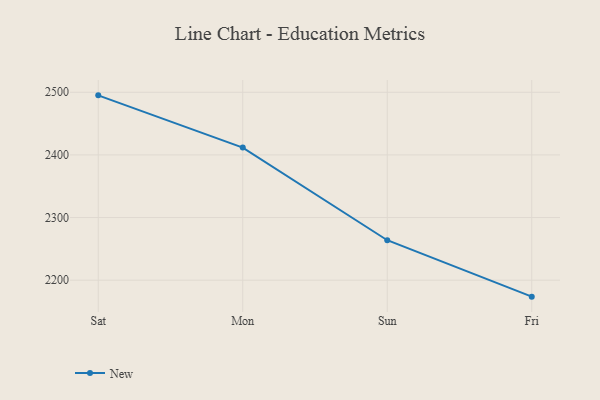
{"axis": {"x": "Day", "y": "Budget (USD K)"}, "legend": ["New"], "data": [{"x": "Sat", "y": 2495.1, "type": "New"}, {"x": "Mon", "y": 2411.7, "type": "New"}, {"x": "Sun", "y": 2263.8, "type": "New"}, {"x": "Fri", "y": 2173.7, "type": "New"}]}